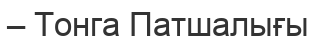
– Тонга Патшалығы